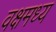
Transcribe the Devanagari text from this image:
वक्षमध्य